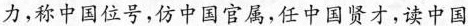
力，称中国位号，仿中国官属，任中国贤才，读中国